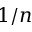
1 / n